Indian journal of veterinary science and animal husbandry - Volume 2,
Year: 1932
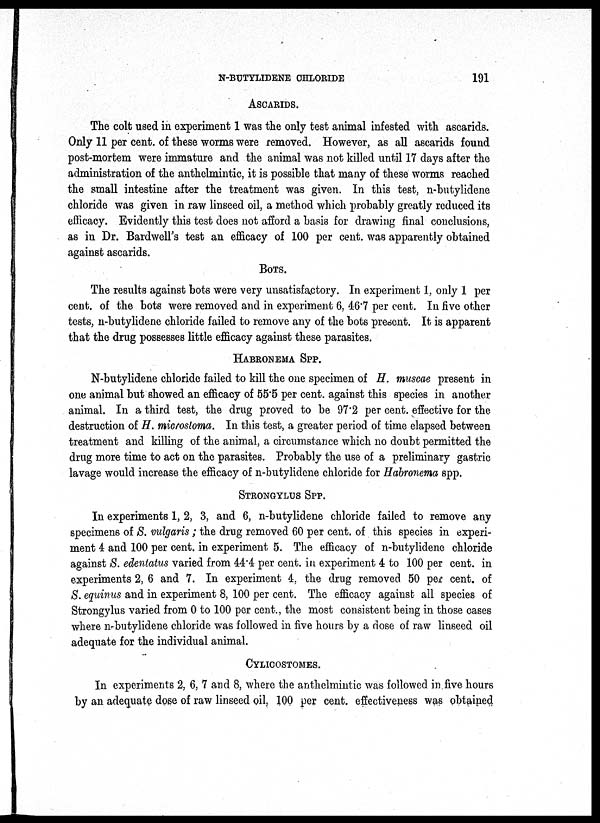
N-BUTYLIDENE CHLORIDE
191
ASCARIDS.
The colt used in experiment 1 was the only test animal infested with ascarids.
Only 11 per cent. of these worms were removed. However, as all ascarids found
post-mortem were immature and the animal was not killed until 17 days after the
administration of the anthelmintic, it is possible that many of these worms reached
the small intestine after the treatment was given. In this test, n-butylidene
chloride was given in raw linseed oil, a method which probably greatly reduced its
efficacy. Evidently this test does not afford a basis for drawing final conclusions,
as in Dr. Bardwell's test an efficacy of 100 per cent. was apparently obtained
against ascarids.
BOTS.
The results against bots were very unsatisfactory. In experiment 1, only 1 per
cent. of the bots were removed and in experiment 6, 46.7 per cent. In five other
tests, n-butylidene chloride failed to remove any of the bots present. It is apparent
that the drug possesses little efficacy against these parasites.
HABRONEMA SPP.
N-butylidene chloride failed to kill the one specimen of H. muscae present in
one animal but showed an efficacy of 55.5 per cent. against this species in another
animal. In a third test, the drug proved to be 97.2 per cent. effective for the
destruction of H. microstoma. In this test, a greater period of time elapsed between
treatment and killing of the animal, a circumstance which no doubt permitted the
drug more time to act on the parasites. Probably the use of a preliminary gastric
lavage would increase the efficacy of n-butylidene chloride for Habronema spp.
STRONGULUS SPP.
In experiments 1, 2, 3, and 6, n-butylidene chloride failed to remove any
specimens of S. vulgaris; the drug removed 60 per cent. of this species in experi-
ment 4 and 100 per cent. in experiment 5. The efficacy of n-butylidene chloride
against S. edentatus varied from 44.4 per cent. in experiment 4 to 100 per cent. in
experiments 2, 6 and 7. In experiment 4, the drug removed 50 per cent. of
S. equinus and in experiment 8, 100 per cent. The efficacy against all species of
Strongylus varied from 0 to 100 per cent., the most consistent being in those cases
where n-butylidene chloride was followed in five hours by a dose of raw linseed oil
adequate for the individual animal.
CYLICOSTOMES.
In experiments 2, 6, 7 and 8, where the anthelmintic was followed in five hours
by an adequate dose of raw linseed oil, 100 per cent. effectiveness was obtained